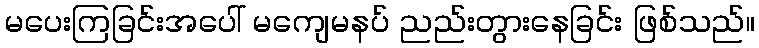
မပေးကြခြင်းအပေါ် မကျေမနပ် ညည်းတွားနေခြင်း ဖြစ်သည်။